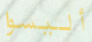
أليسوا